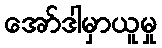
အော်ဒါမှာယူမှု